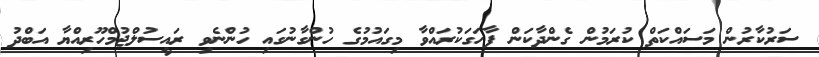
ސަރުކާރުން މަސައްކަތް ކުރަމުން ގެންދާކަން ފާހަގަކުރައްވާ މިގައުމުގެ ހުންގާނުގައި ހުންނެވި ރައީސުލްޖުމްހޫރިއްޔާ އަބްދު